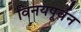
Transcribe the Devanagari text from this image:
विनयपूर्वन